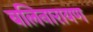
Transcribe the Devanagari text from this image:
बलिनारायण